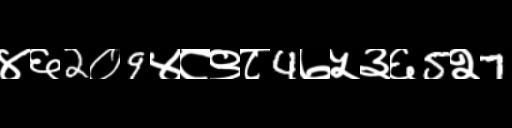
Text: ४६2०9४८९८4७५३६5२7